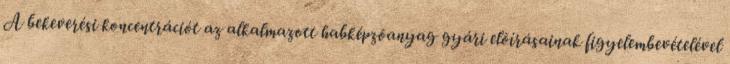
A bekeverési koncentrációt az alkalmazott habképzõanyag gyári elõírásainak figyelembevételével